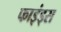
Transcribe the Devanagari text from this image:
फाइंड्स